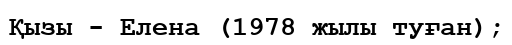
Қызы - Елена (1978 жылы туған);